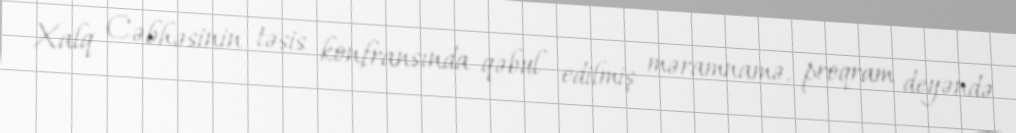
Xalq Cəbhəsinin təsis konfransında qəbul edilmiş məramnamə, proqram deyəndə